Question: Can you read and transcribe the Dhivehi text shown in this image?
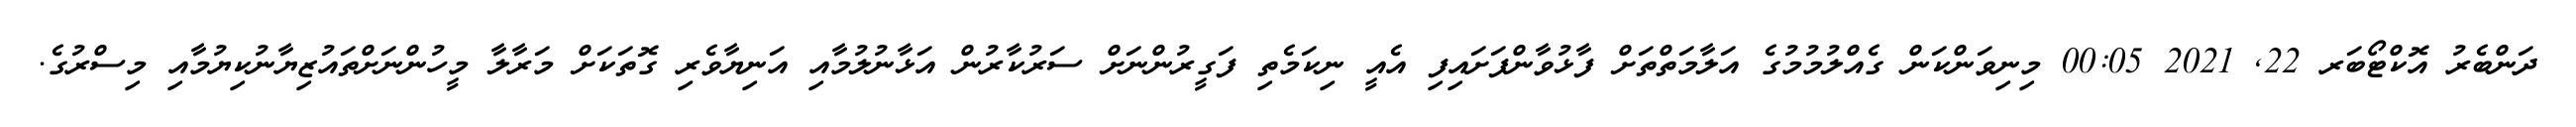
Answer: ދަންބެރު އޮކްޓޯބަރ 22, 2021 00:05 މިނިވަންކަން ގެއްލުމުމުގެ އަލާމަތްތަށް ފާޅުވާންފަށައިފި އެއީ ނިކަމެތި ފަގީރުންނަށް ސަރުކާރުން އަޅާނުލުމާއި އަނިޔާވެރި ގޮތަކަށް މަރާލާ މީހުންނަށްތައުޒިޔާނުކިޔުމާއި މިސްރުގެ.